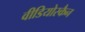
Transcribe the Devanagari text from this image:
वीडियोस्कैन